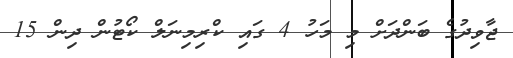
ޖާވިދުގެ ބަންދަށް މި މަހު 4 ގައި ކްރިމިނަލް ކޯޓުން ދިން 15